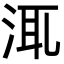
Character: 㳧